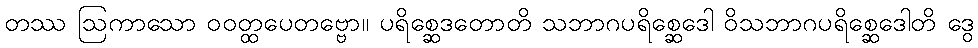
တဿ ဩကာသော ဝဝတ္ထပေတဗ္ဗော။ ပရိစ္ဆေဒတောတိ သဘာဂပရိစ္ဆေဒေါ ဝိသဘာဂပရိစ္ဆေဒေါတိ ဒွေ